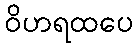
ဝိဟရထပေ